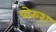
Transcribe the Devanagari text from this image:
पोरुश